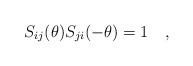
\begin{align*}S_{ij}(\theta )S_{ji}(-\theta )=1\quad , \end{align*}